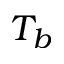
T _ { b }